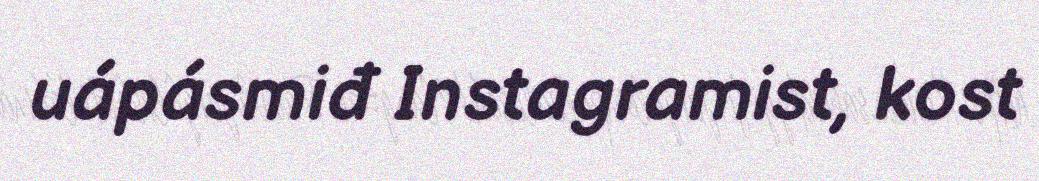
uápásmiđ Instagramist, kost